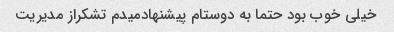
خیلی خوب بود حتما به دوستام پیشنهادمیدم تشکراز مدیریت